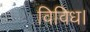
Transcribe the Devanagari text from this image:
विविध।